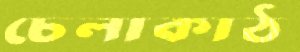
চেলাকাঠ